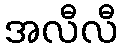
အလီလီ